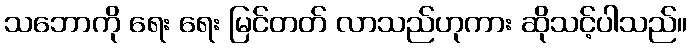
သဘောကို ရေး ရေး မြင်တတ် လာသည်ဟုကား ဆိုသင့်ပါသည်။